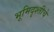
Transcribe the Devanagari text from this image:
भूमिदृश्तीचे